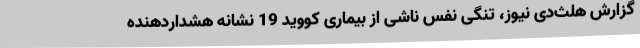
گزارش هلث‌دی نیوز، تنگی نفس ناشی از بیماری کووید 19 نشانه هشداردهنده